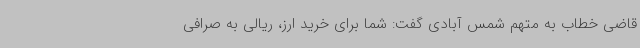
قاضی خطاب به متهم شمس آبادی گفت: شما برای خرید ارز، ریالی به صرافی